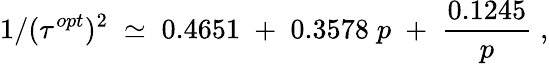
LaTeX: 1/(\tau^{opt})^{2}\; \simeq\; 0.4651\; +\; 0.3578\; p\; +\; {\frac{0.1245}{p}}\; ,